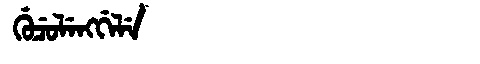
Manchu: ᡤᡠᠴᡠᠯᡝᠩᡤᡝᠯᡝ
Romanization: GUCULENGGELE